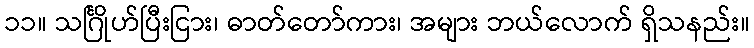
၁၁။ သင်္ဂြိုဟ်ပြီးငြား၊ ဓာတ်တော်ကား၊ အများ ဘယ်လောက် ရှိသနည်း။